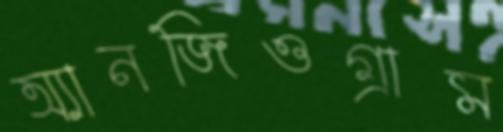
অ্যানজিওগ্রাম